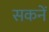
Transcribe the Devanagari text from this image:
सकनें